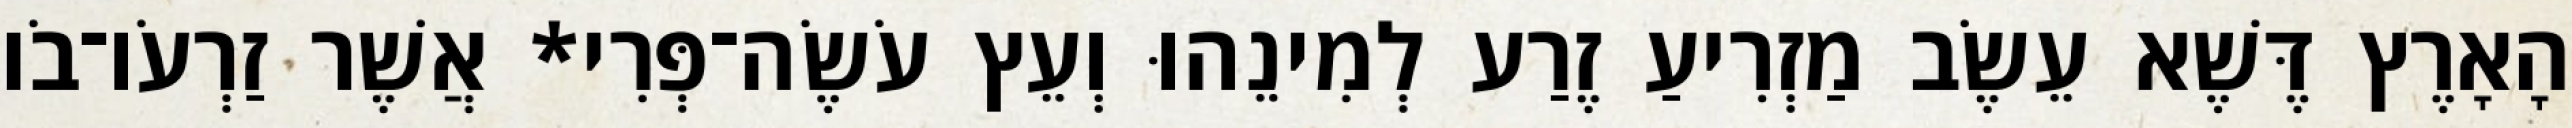
הָאָרֶץ דֶּשֶׁא עֵשֶׂב מַזְרִיעַ זֶרַע לְמִינֵהוּ וְעֵץ עֹשֶׂה־פְּרִי* אֲשֶׁר זַרְעֹו־בֹו